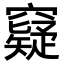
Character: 𥨯